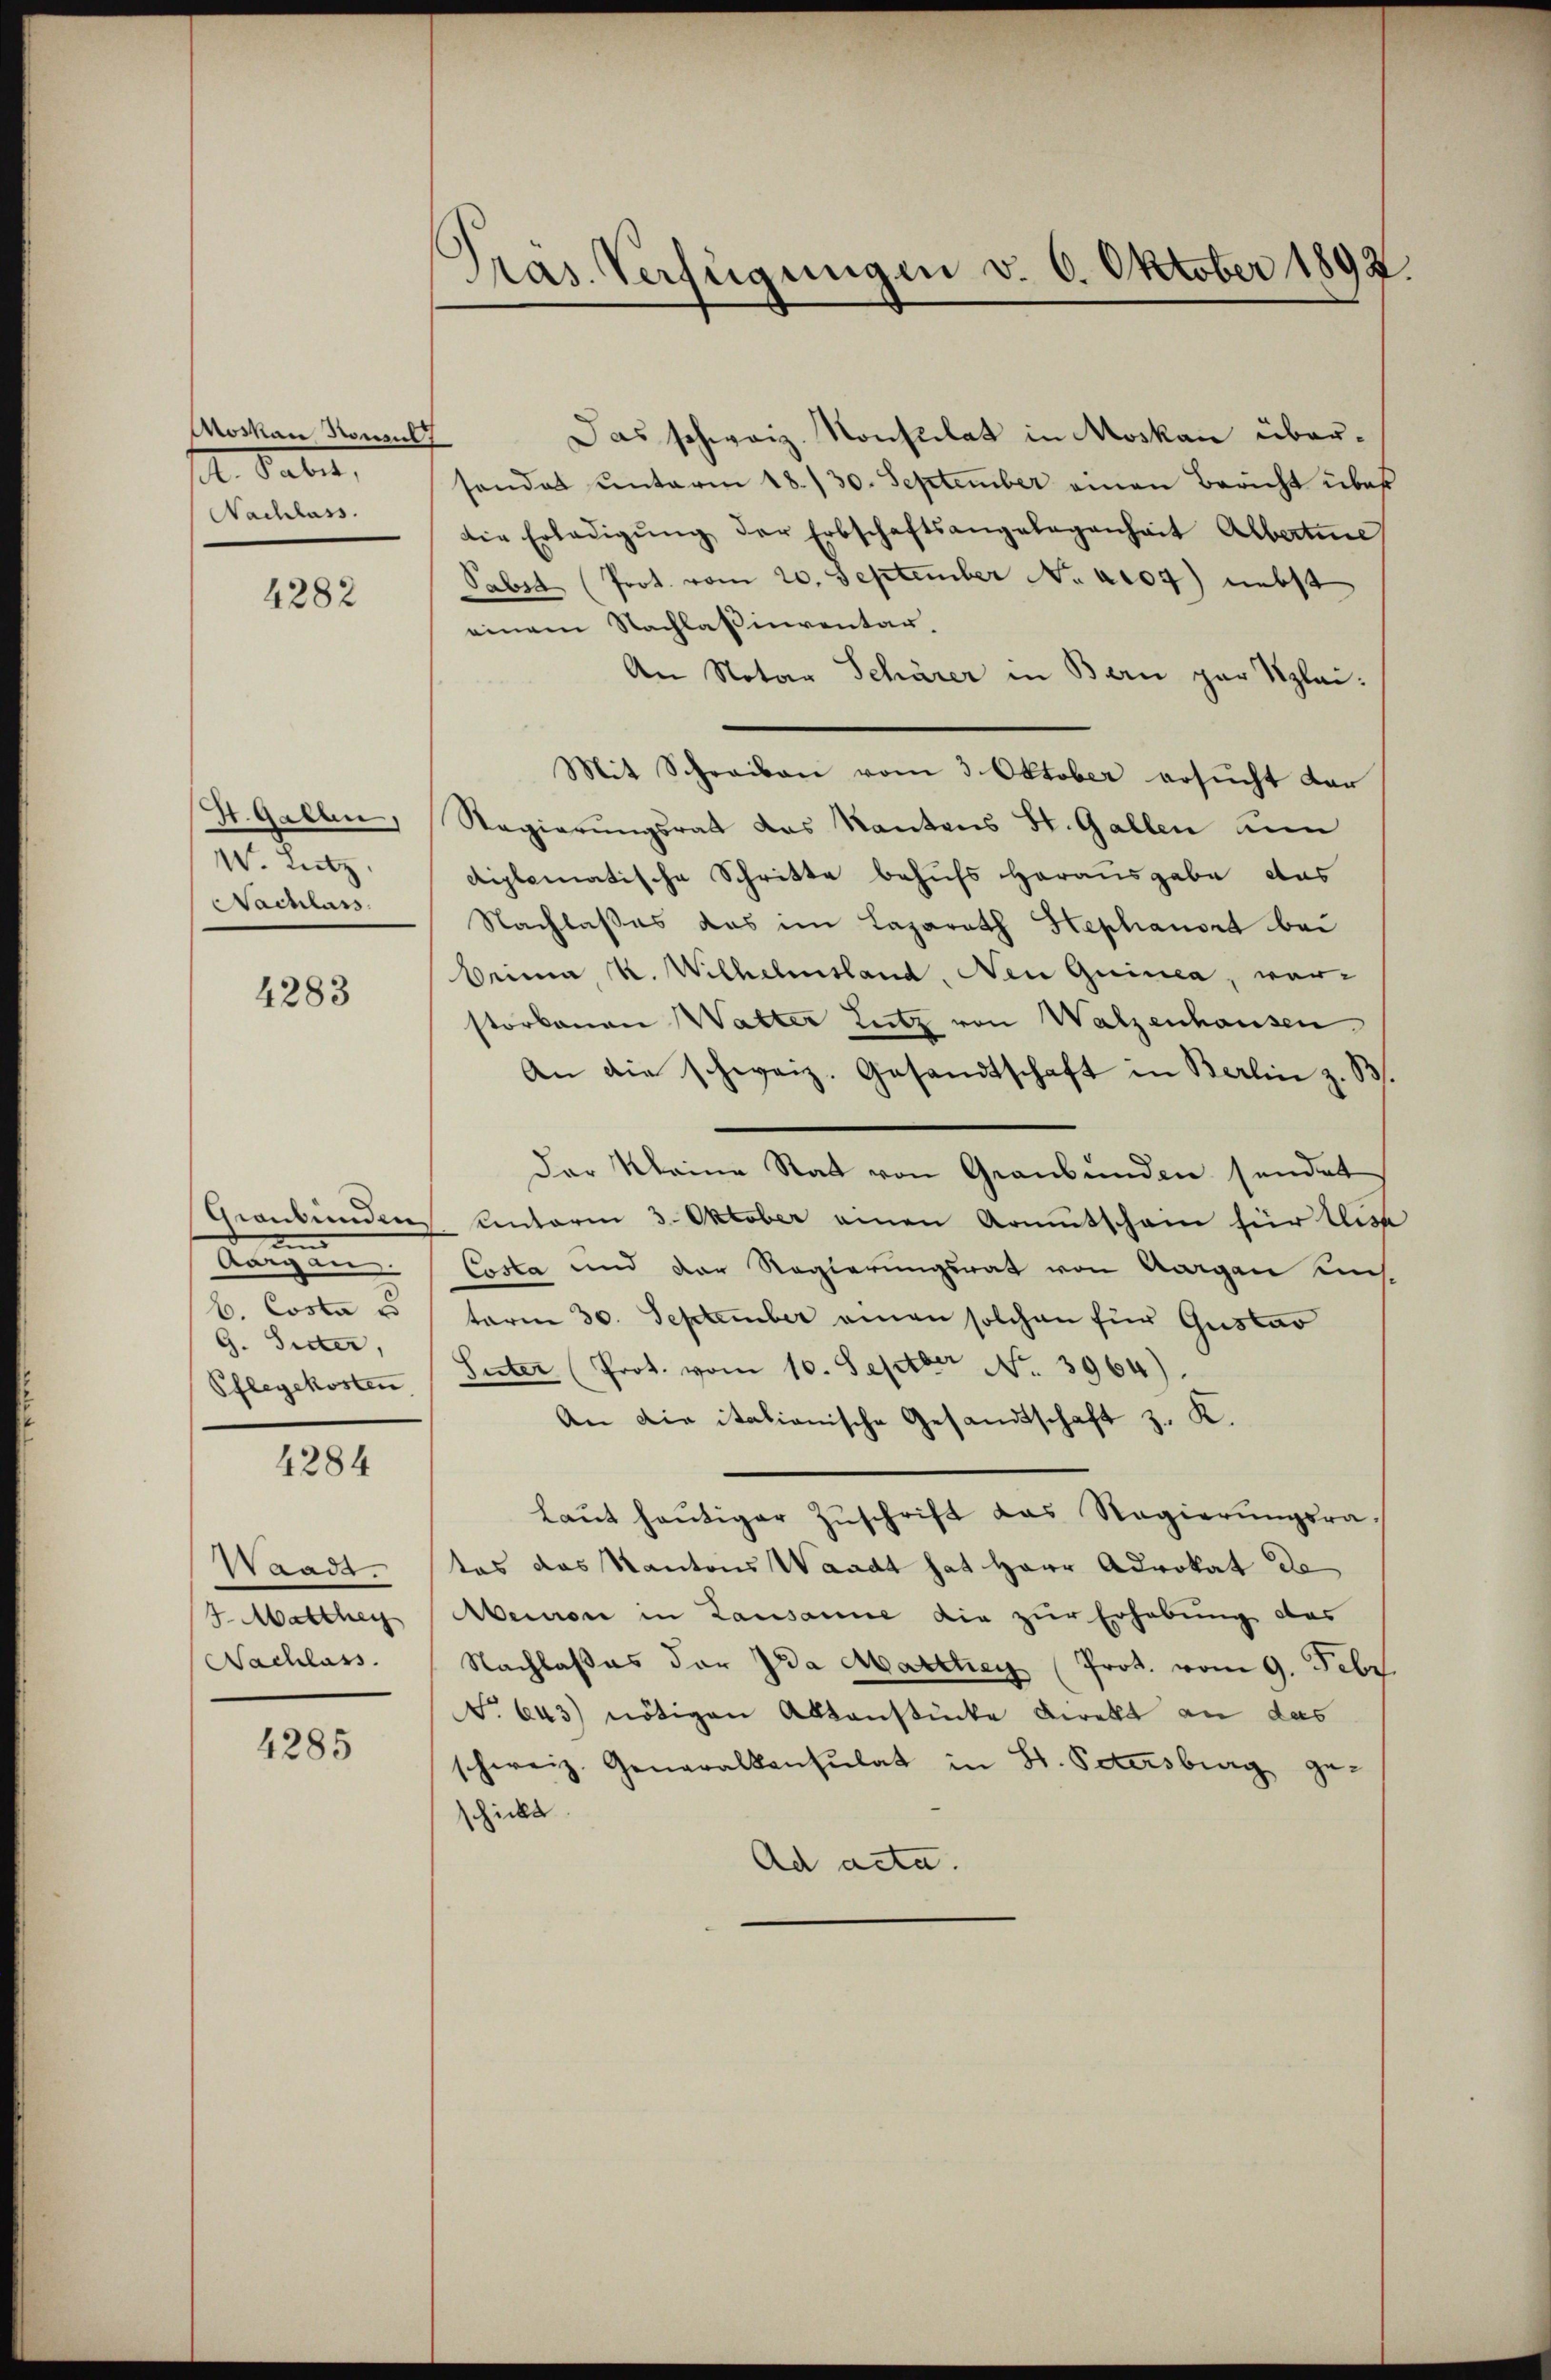
Movan Sonnel
A. Tabel,
Nachlass.

4282

St. Galen,
W. Lutz
Nachlass

4283

Graubünden
un
Aargau
b. Costa es
G. Sider,
Pflegekosten

4284

Waadt
7. Marthey
Nachlass

4285

Pras. Verfügungen v. 6. Oktober 1892

Das schweiz. Konsulat in Moskau überf
sandes ŭnterm 18./30. September einen Bericht über
die Erledigŭng der Erbschaftsangelegenheit Albertine
Saben (Prot. vom 20. September No. 4104) nebst
einem Nachlassenventar
An Notar Schärer in Bern par Klei¬
Mit Schreiben vom 3. Oktober ersucht dar
Ragierŭngsrat das Kantons St. Gallen un
diplomatische Schritte behufs Herausgabe das
Nachlaßes das im Lazareth Stephanord bei
Brima R. Wilhelmsland, Neu Quinca, worstorbenen Walter Lutz von Walzenhausen
An die schweiz. Gesandtschaft in Berlin z. B.
Der Kleine Rat von Graubünden sendet
unterm 3. Oktober einen Armutscham für lese
Costa und der Regierungsrat von Aargau ums
term 30. September einen solchen für Gustav
Suter (Prot. vom 10. Septber No. 3964).
An die italianische Gesandtschaft z. K.
laŭt heŭtiger Zŭschrift das Regierŭngsra-
tes das Kantons Waadt hat Herr Advokat de
Memnon in Lausanne die zur Erhebung des
Nachlaßes der Ida Marthey (Prot. vom 9. Febr.
N. 643) nötigen Aktenstücke Direkt an das
schweiz. Generalkonsulat in St. Petersburg ge
schickt.
ad acta.